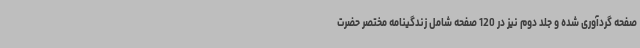
صفحه گردآوری شده و جلد دوم نیز در 120 صفحه شامل زندگینامه مختصر حضرت